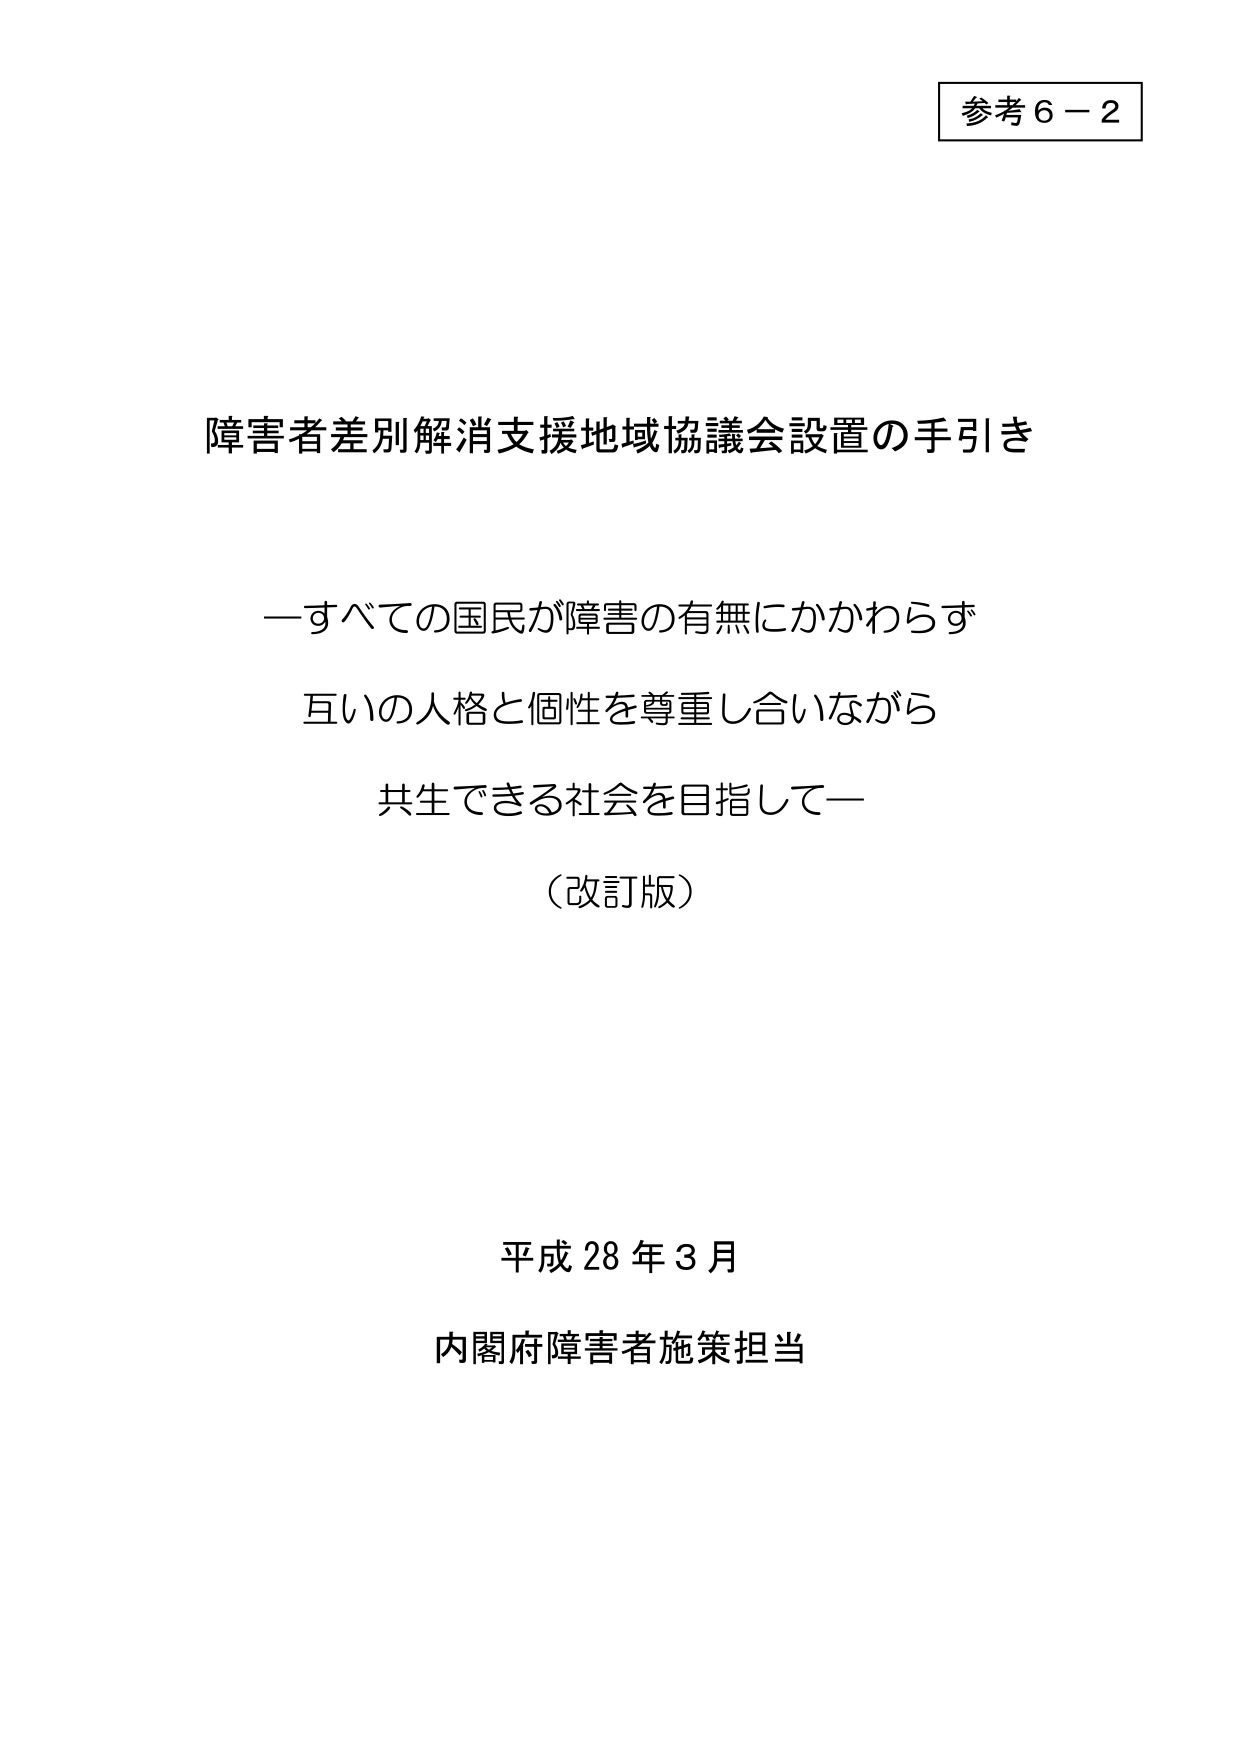
参考６－２

障害者差別解消支援地域協議会設置の手引き

―すべての国民が障害の有無にかかわらず
互いの人格と個性を尊重し合いながら
共生できる社会を目指して―

（改訂版）

平成28年3月
内閣府障害者施策担当